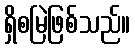
ရှိစမြဲဖြစ်သည်။